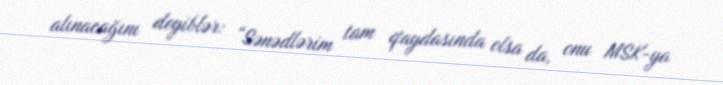
alınacağını deyiblər: “Sənədlərim tam qaydasında olsa da, onu MSK-ya